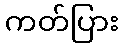
ကတ်ပြား